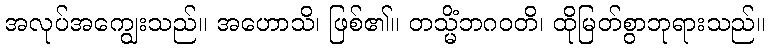
အလုပ်အကျွေးသည်။ အဟောသိ၊ ဖြစ်၏။ တသ္မိံဘဂဝတိ၊ ထိုမြတ်စွာဘုရားသည်။